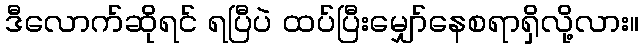
ဒီလောက်ဆိုရင် ရပြီပဲ ထပ်ပြီးမျှော်နေစရာရှိလို့လား။